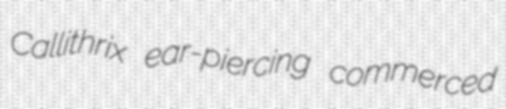
Callithrix ear-piercing commerced